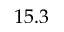
1 5 . 3